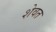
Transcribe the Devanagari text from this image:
शेवत